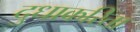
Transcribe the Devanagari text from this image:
दुधाकरिता